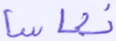
نعاسا